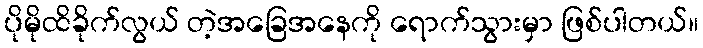
ပိုမိုထိခိုက်လွယ် တဲ့အခြေအနေကို ရောက်သွားမှာ ဖြစ်ပါတယ်။